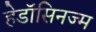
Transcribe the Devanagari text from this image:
हेडॉसिनज्म